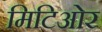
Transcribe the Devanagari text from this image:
मिटिओर